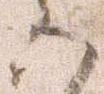
六